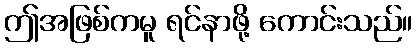
ဤအဖြစ်ကမူ ရင်နာဖို့ ကောင်းသည်။